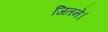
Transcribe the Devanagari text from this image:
जितने।